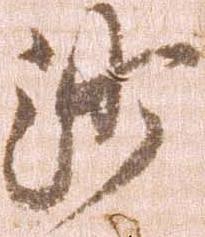
沙